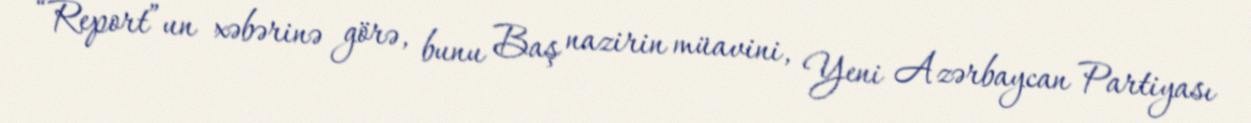
“Report”un xəbərinə görə, bunu Baş nazirin müavini, Yeni Azərbaycan Partiyası